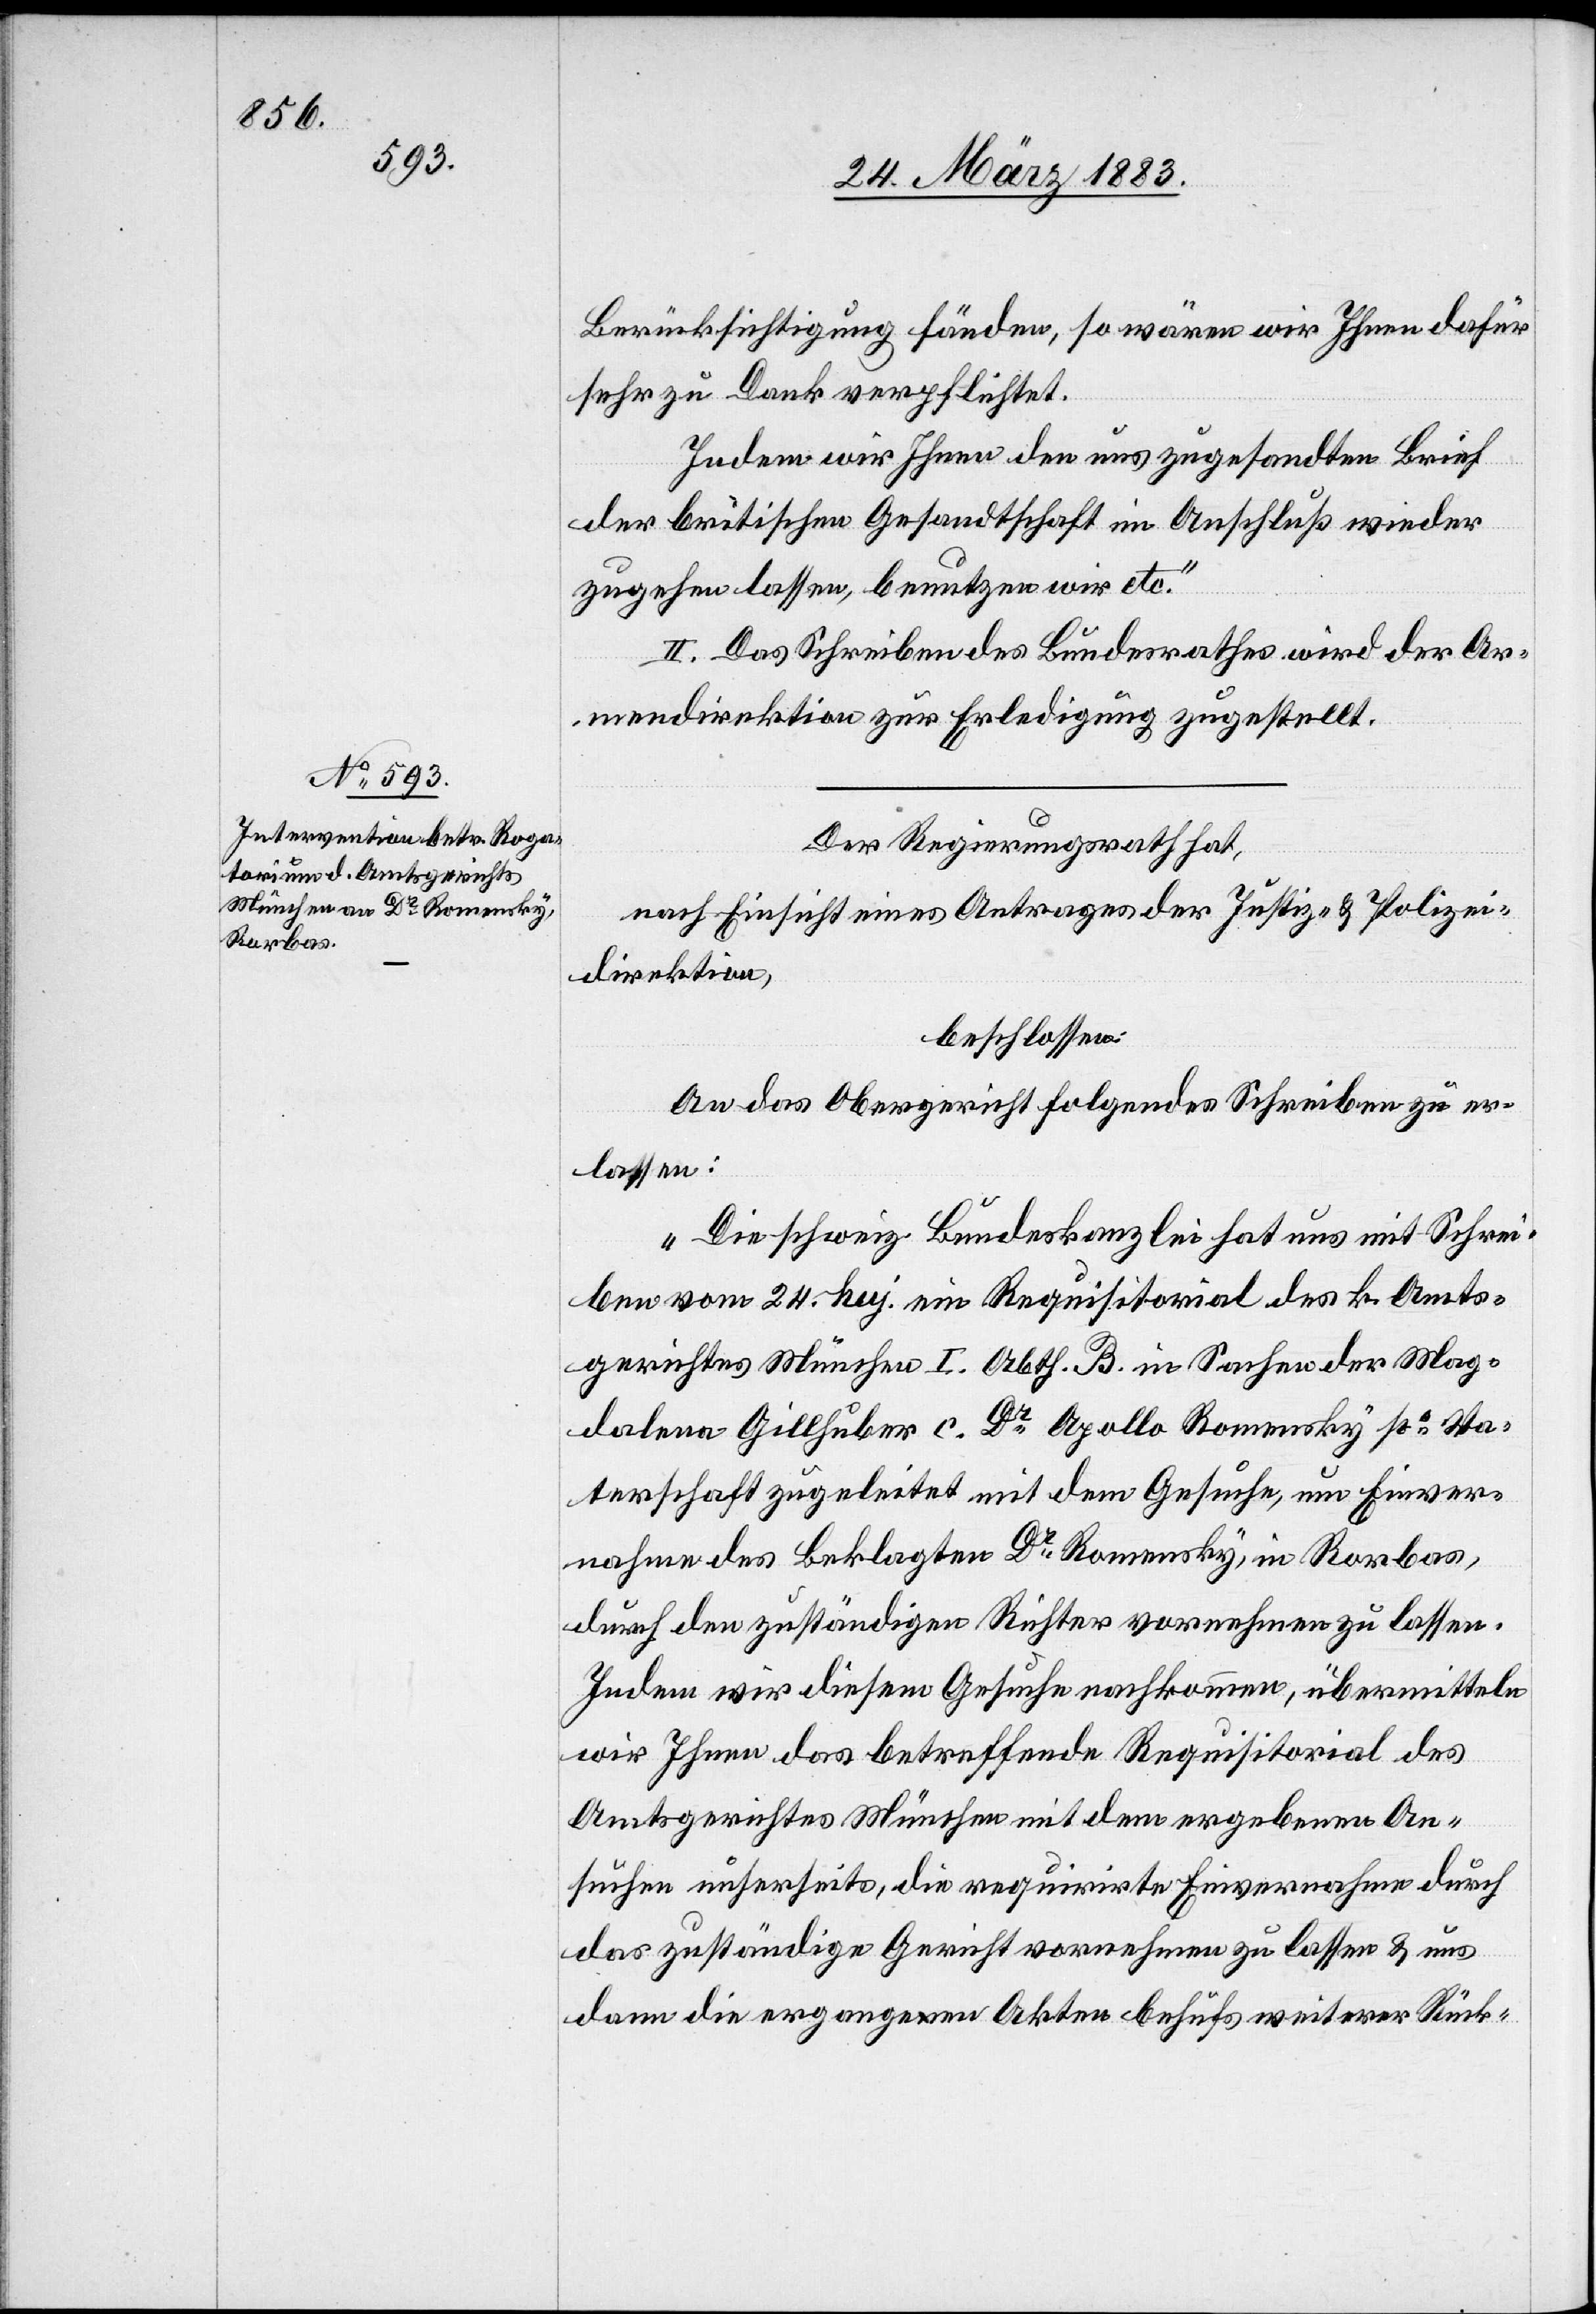
29. März 1883.]
Berücksichtigung fänden, so wären wir Ihnen dafür
sehr zu Dank verpflichtet.
[si¬
Indem wir Ihnen den uns zugesandten Brief
der britischen Gesandtschaft im Anschluß wieder
zugehen lassen, benutzen wir etc.“
c!] Das Schreiben des Bundesrathes wird der Ar¬
mendirektion zur Erledigung zugestellt.
Der Regierungsrath hat,
nach Einsicht eines Antrages der Justiz- & Polizei¬
direktion,
beschlossen:
An das Obergericht folgendes Schreiben zu er¬
lassen:
„Die schweiz. Bundeskanzlei hat uns mit Schrei¬
ben vom 24. huj. ein Requisitorial des k. Amts¬
gerichtes München I. Abth. B. in Sachen der Mag¬
dalena Gillhuber c. Dr Apollo Romensky po Va¬
terschaft zugeleitet mit dem Gesuche, um Einver¬
nahme des Beklagten Dr Romensky, in Rorbas,
durch den zuständigen Richter vornehmen zu lassen.
Indem wir diesem Gesuche nachkommen, übermitteln
wir Ihnen das betreffende Requisitorial des
Amtsgerichtes München mit dem ergebenen An¬
suchen unserseits, die requirirte Einvernahme durch
das zuständige Gericht vornehmen zu lassen & uns
dann die ergangenen Akten behufs weiterer Rück-